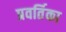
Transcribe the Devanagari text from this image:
प्रवर्तिका